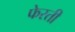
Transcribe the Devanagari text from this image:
फेरती